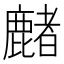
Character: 𪋑